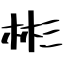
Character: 彬